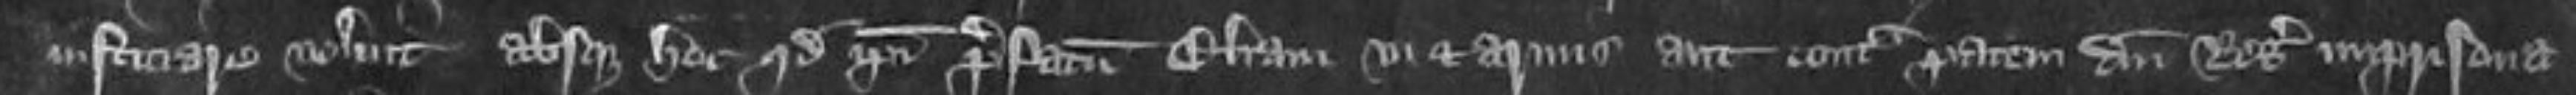
iusticiare voluit absque hoc quod ipsi prefatum Eliam vi et armis aut contra pacem domini Regis imprisona